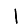
Digit: 1